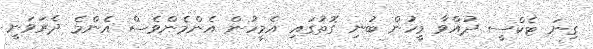
ގިނަ ޓެކްސީ ދުއްވާ މީހުން ބުނި ގޮތުގައި އެމީހުން އެންމެންވެސް އެންމެ ދެރަވަނީ